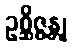
ဥစ္ဆိဇ္ဇန္တု